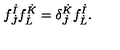
f _ { \dot { J } } ^ { \dot { I } } f _ { \dot { L } } ^ { \dot { K } } = \delta _ { \dot { J } } ^ { \dot { K } } f _ { \dot { L } } ^ { \dot { I } } .